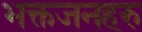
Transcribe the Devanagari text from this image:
भक्तजनहरु